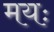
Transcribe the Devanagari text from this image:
मयः